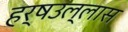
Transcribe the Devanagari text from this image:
हर्षउल्लास